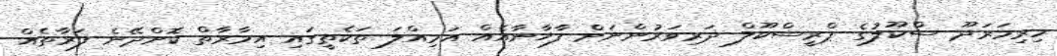
ހިރިމަރަދޫ ސްކޫލުގެ ޕްރީސްކޫލް ދަރިވަރުންނަށް ފާޚާނާއެއް އަމިއްލަ ތަކެތީގައި އިމާރާތް ކޮށްދޭނެ ފަރާތެއް